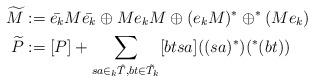
LaTeX: \begin{align*}\widetilde{M}&:=\bar{e_{k}}M\bar{e_{k}} \oplus Me_{k}M \oplus (e_{k}M)^{\ast} \oplus ^{\ast}(Me_{k})\\\widetilde{P}&:=[P]+\displaystyle \sum_{sa \in _{k}\hat{T},bt \in \tilde{T}_{k}}[btsa]((sa)^{\ast})(^{\ast}(bt))\end{align*}